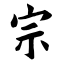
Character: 宗